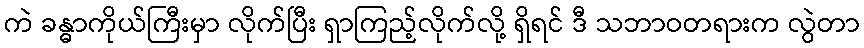
ကဲ ခန္ဓာကိုယ်ကြီးမှာ လိုက်ပြီး ရှာကြည့်လိုက်လို့ ရှိရင် ဒီ သဘာဝတရားက လွဲတာ